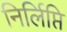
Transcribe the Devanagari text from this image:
निर्लिप्ति